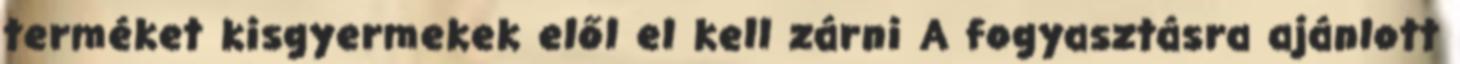
terméket kisgyermekek elől el kell zárni A fogyasztásra ajánlott